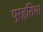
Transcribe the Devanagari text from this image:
प्रहतिभा